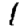
Digit: 1